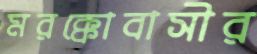
মরক্কোবাসীর